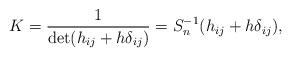
LaTeX: \begin{align*}K=\frac{1}{\det(h_{ij}+h\delta_{ij})}=S_n^{-1}(h_{ij}+h\delta_{ij}),\end{align*}